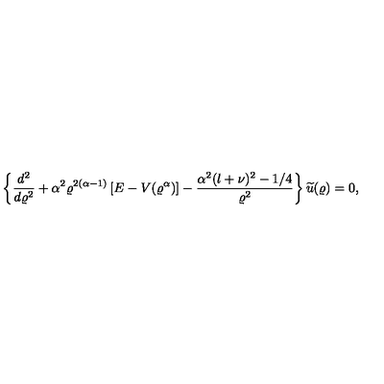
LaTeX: \left\{ \frac { d ^ { 2 } } { d \varrho ^ { 2 } } + \alpha ^ { 2 } \varrho ^ { 2 ( \alpha - 1 ) } \left[ E - V ( \varrho ^ { \alpha } ) \right] - \frac { \alpha ^ { 2 } ( l + \nu ) ^ { 2 } - 1 / 4 } { \varrho ^ { 2 } } \right\} \widetilde { u } ( \varrho ) = 0 ,